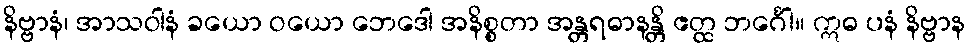
နိဗ္ဗာနံ၊ အာသဝါနံ ခယော ဝယော ဘေဒေါ အနိစ္စတာ အန္တရဓာနန္တိ ဧတ္ထ ဘင်္ဂေါ။ ဣဓ ပနံ နိဗ္ဗာန